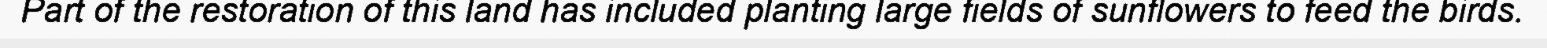
Part of the restoration of this land has included planting large fields of sunflowers to feed the birds.